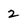
Character: 2